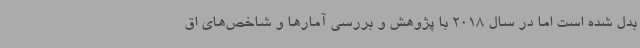
بدل شده است اما در سال 2018 با پژوهش و بررسی آمارها و شاخص‌های اق